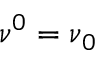
\ensuremath { \boldsymbol \nu } ^ { 0 } = \ensuremath { \boldsymbol \nu } _ { 0 }